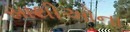
સાથીઓના